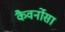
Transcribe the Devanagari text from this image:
कैवर्नोसा